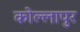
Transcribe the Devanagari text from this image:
कोल्लापुर